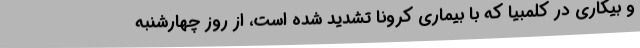
و بیکاری در کلمبیا که با بیماری کرونا تشدید شده است، از روز چهارشنبه